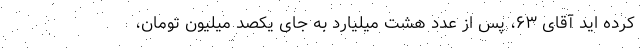
کرده اید آقای ۶۳، پس از عدد هشت میلیارد به جای یکصد میلیون تومان،